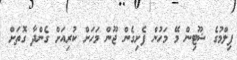
ފިލްމުގެ ޝޫޓިން މޭ މަހުން ފެށިގެން ޖޫން މަހަށް ކުރިއަށް ގެންދާ ގޮތަށް